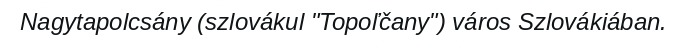
Nagytapolcsány (szlovákul "Topoľčany") város Szlovákiában.